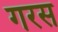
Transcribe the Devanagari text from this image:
गरस